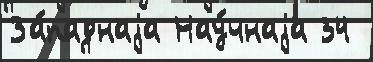
За́паднаjа Нау́чнаjа 34